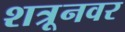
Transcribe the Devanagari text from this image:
शत्रूनवर